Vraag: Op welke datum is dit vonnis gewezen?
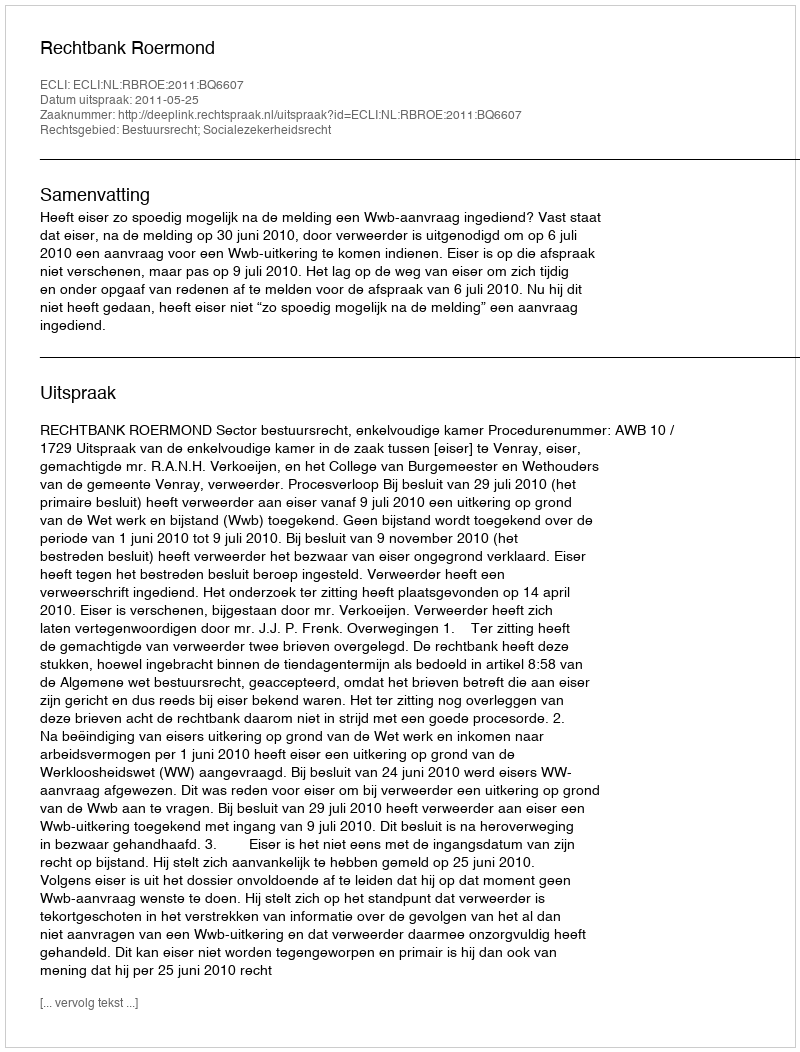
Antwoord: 2011-05-25